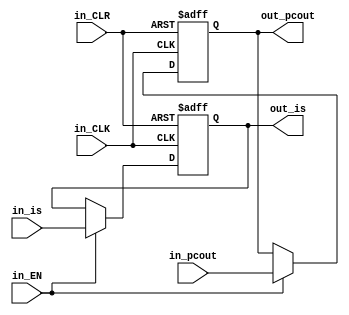
//==================================================================================================
//  Revision      : 
//
//  Description   : 
//
//
//==================================================================================================
module IFID(in_EN,in_CLK,in_CLR,in_pcout,in_is,out_pcout,out_is);
	input in_EN,in_CLK,in_CLR;
	input [31:0]in_pcout,in_is;
	output reg [31:0]out_pcout = 0;
	output reg [31:0]out_is = 0;
	always @(posedge in_CLK or posedge in_CLR) begin
		if (in_CLR) begin
			// reset
			out_pcout <= 0;
			out_is <= 0;
		end
		else if (in_EN) begin
			out_pcout <= in_pcout;
			out_is <= in_is;
		end
	end
endmodule